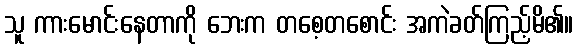
သူ ကားမောင်းနေတာကို ဘေးက တစေ့တစောင်း အကဲခတ်ကြည့်မိ၏။